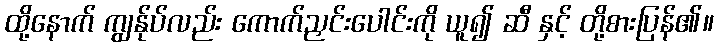
ထို့နောက် ကျွန်ုပ်လည်း ကောက်ညှင်းပေါင်းကို ယူ၍ ဆီ နှင့် တို့စားပြန်၏။